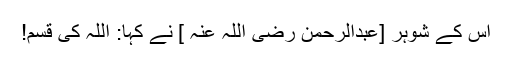
اس کے شوہر [عبدالرحمن رضی اللہ عنہ ] نے کہا: اللہ کی قسم!